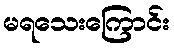
မရသေးကြောင်း